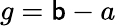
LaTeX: g=\mathsf{b}-a